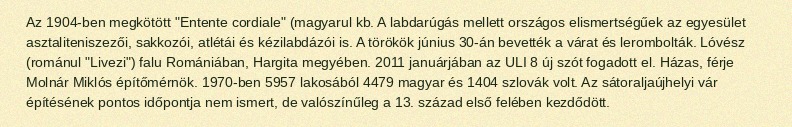
Az 1904-ben megkötött "Entente cordiale" (magyarul kb. A labdarúgás mellett országos elismertségűek az egyesület asztaliteniszezői, sakkozói, atlétái és kézilabdázói is. A törökök június 30-án bevették a várat és lerombolták. Lóvész (románul "Livezi") falu Romániában, Hargita megyében. 2011 januárjában az ULI 8 új szót fogadott el. Házas, férje Molnár Miklós építőmérnök. 1970-ben 5957 lakosából 4479 magyar és 1404 szlovák volt. Az sátoraljaújhelyi vár építésének pontos időpontja nem ismert, de valószínűleg a 13. század első felében kezdődött.